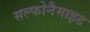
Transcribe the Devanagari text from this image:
सल्फोनैमाइड